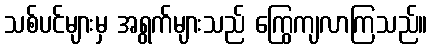
သစ်ပင်များမှ အရွက်များသည် ကြွေကျလာကြသည်။